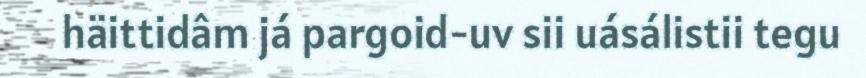
häittidâm já pargoid-uv sii uásálistii tegu